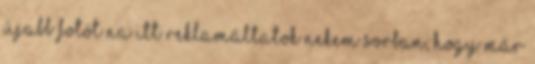
újabb fotót Na itt reklamáltatok nekem sorban, hogy már